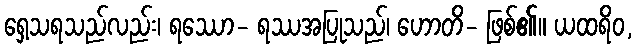
ရှေ့သရသည်လည်း၊ ရဿော- ရဿအပြုသည်၊ ဟောတိ- ဖြစ်၏။ ယထရိဝ,